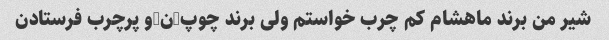
شیر من برند ماهشام کم چرب خواستم ولی برند چوپ-ن-و پرچرب فرستادن